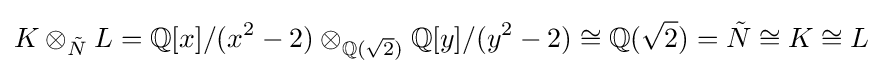
K\otimes _{\tilde {N}}L=\mathbb {Q} [x]/(x^{2}-2)\otimes _{\mathbb {Q} ({\sqrt {2}})}\mathbb {Q} [y]/(y^{2}-2)\cong \mathbb {Q} ({\sqrt {2}})={\tilde {N}}\cong K\cong L